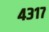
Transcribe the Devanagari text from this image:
४३१७